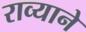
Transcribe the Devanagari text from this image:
राव्याने